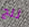
ثلج